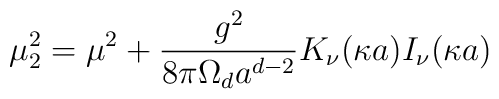
\mu_2^2=\mu^2+{g^2\over8{\pi}\Omega_d a^{d-2}}K_{\nu}(\kappa a)I_{\nu}(\kappa a)